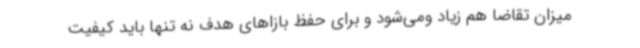
میزان تقاضا هم زیاد ومی‌شود و برای حفظ بازاهای هدف نه تنها باید کیفیت